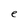
Character: e